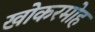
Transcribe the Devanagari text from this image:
खोकरमोह